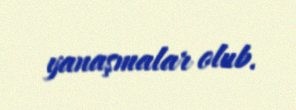
yanaşmalar olub.